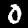
Label: 0